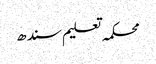
محکمہ تعلیم سندھ